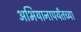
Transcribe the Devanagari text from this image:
अभियानापर्यंतच्या